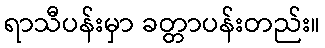
ရာသီပန်းမှာ ခတ္တာပန်းတည်း။